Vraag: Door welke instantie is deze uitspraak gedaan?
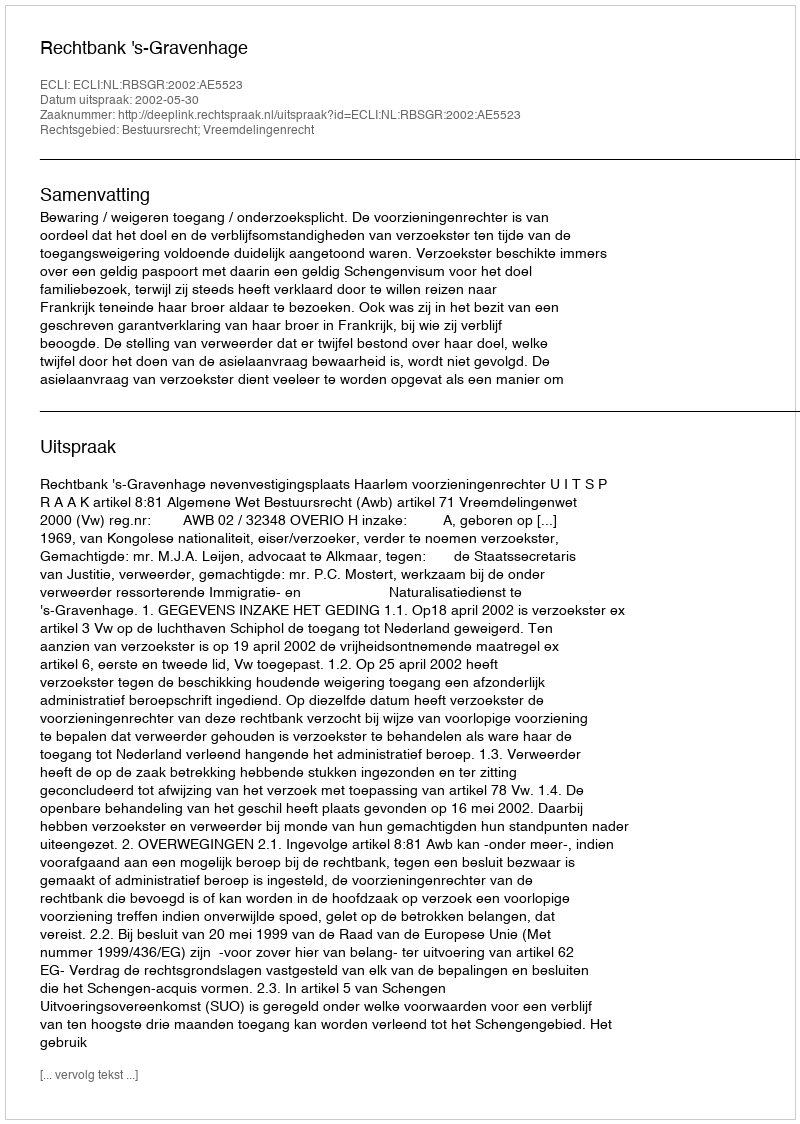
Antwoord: Rechtbank 's-Gravenhage